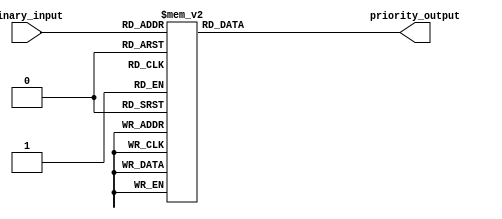
module priority_encoder(
    input [3:0] binary_input,
    output reg [2:0] priority_output
);

always @(*) begin
    case(binary_input)
        4'b1000: priority_output = 3'b100;
        4'b0111: priority_output = 3'b011;
        4'b0110: priority_output = 3'b010;
        4'b0101: priority_output = 3'b001;
        4'b0100: priority_output = 3'b000;
        4'b0011: priority_output = 3'b000;
        4'b0010: priority_output = 3'b000;
        4'b0001: priority_output = 3'b000;
        default: priority_output = 3'b000;
    endcase
end

endmodule